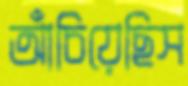
আঁচিয়েছিস